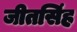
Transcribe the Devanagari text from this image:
जीतसिंह